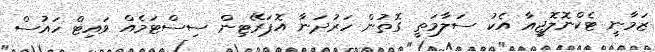
ޒަމާނީ ޓެކްނޮލޮޖީއާ އެކު ސަލާމަތީ ގޮތުން ހަރުދަނާ އޮޕަރޭޓިން ސިސްޓަމެއް ވައިޓް ހައުސް